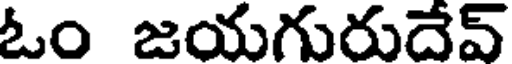
ఓం జయగురుదేవ్